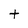
Character: t